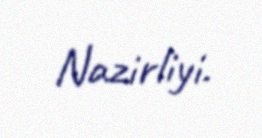
Nazirliyi.